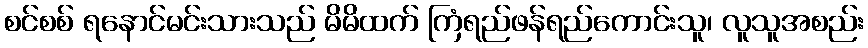
စင်စစ် ရနောင်မင်းသားသည် မိမိထက် ကြံရည်ဖန်ရည်ကောင်းသူ၊ လူသူအစည်း